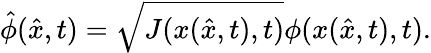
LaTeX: \hat{\phi}(\hat{x},t)=\sqrt{J(x(\hat{x},t),t)}\phi(x(\hat{x},t),t).